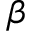
\beta